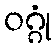
ဝဂ္ဂုံ